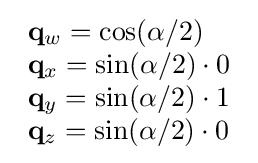
{\begin{array}{lcr}\mathbf {q} _{w}=\cos(\alpha /2)\\\mathbf {q} _{x}=\sin(\alpha /2)\cdot 0\\\mathbf {q} _{y}=\sin(\alpha /2)\cdot 1\\\mathbf {q} _{z}=\sin(\alpha /2)\cdot 0\end{array}}